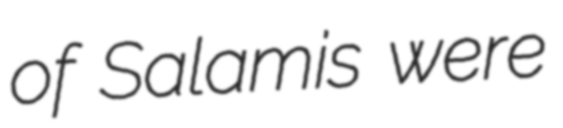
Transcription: of Salamis were